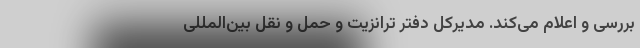
بررسی و اعلام می‌کند. مدیرکل دفتر ترانزیت و حمل و نقل بین‌المللی